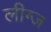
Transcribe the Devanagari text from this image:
लीग्ज